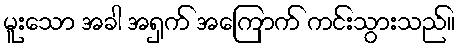
မူးသော အခါ အရှက် အကြောက် ကင်းသွားသည်။